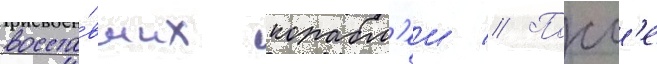
восста́вших корабл'еи // Посл'е